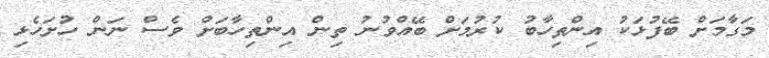
މަގާމަށް ބޭފުޅަކު އިންތިހާބު ކުރުމަށް ބޭއްވުނު ތިން އިންތިހާބަށް ވެސް ނަން ހުށަހެޅި